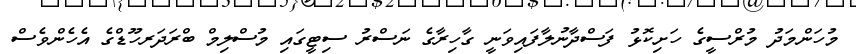
މުހަންމަދު މުރްސީގެ ހަށިކޮޅު ފަސްދާނުލާފައިވަނީ ގާހިރާގެ ނަސްރު ސިޓީގައި މުސްލިމް ބްރަދަރހޫޑްގެ އެހެންވެސް